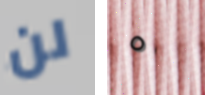
لن ٥